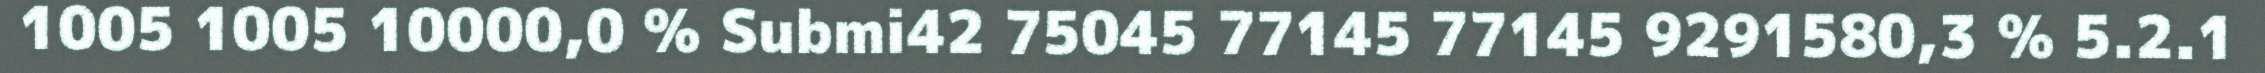
1005 1005 10000,0 % Submi42 75045 77145 77145 9291580,3 % 5.2.1